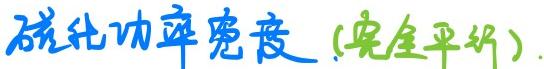
磁化功率密度（完全平行）.